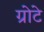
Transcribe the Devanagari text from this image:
ग्रोटे